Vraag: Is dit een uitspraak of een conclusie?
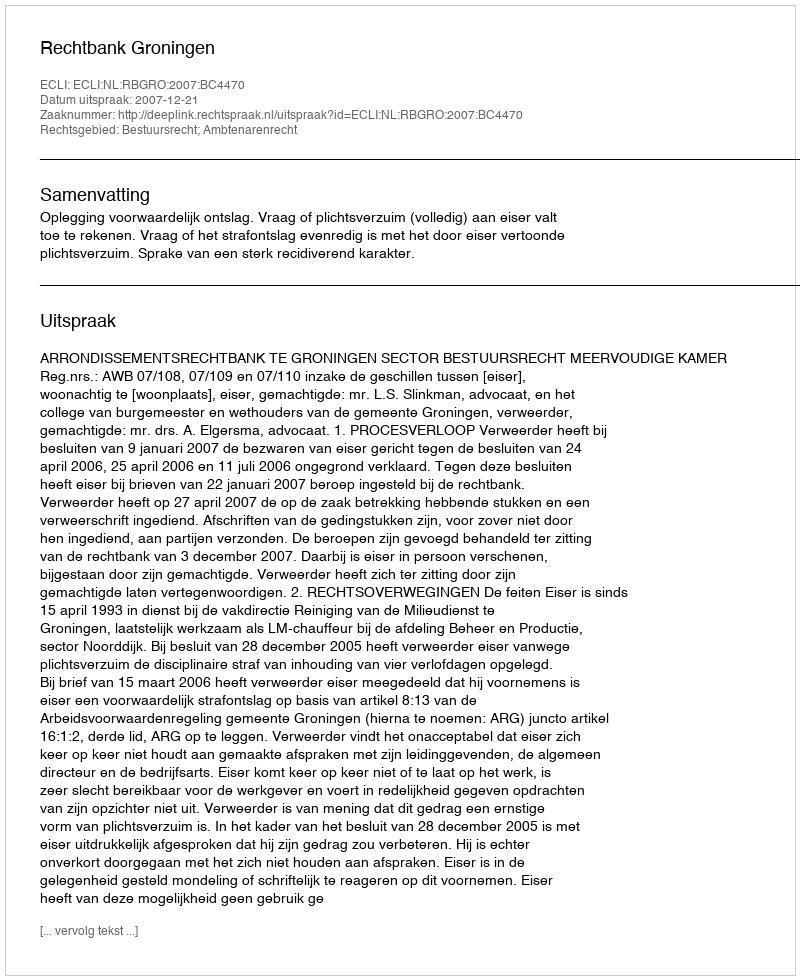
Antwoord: Uitspraak